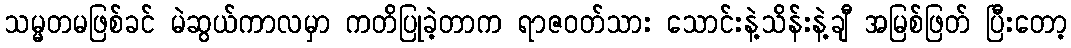
သမ္မတမဖြစ်ခင် မဲဆွယ်ကာလမှာ ကတိပြုခဲ့တာက ရာဇဝတ်သား သောင်းနဲ့သိန်းနဲ့ချီ အမြစ်ဖြတ် ပြီးတော့